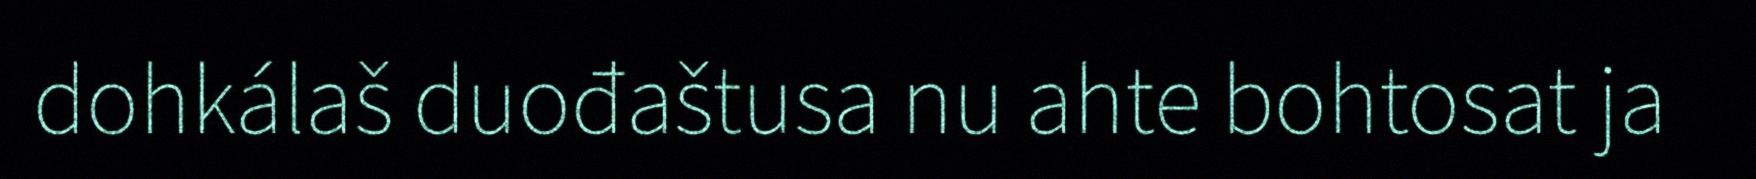
dohkálaš duođaštusa nu ahte bohtosat ja